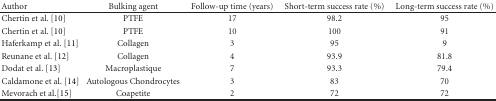
<table><thead><tr><td><b>Author</b></td><td><b>Bulking agent</b></td><td><b>Follow-up time (years)</b></td><td><b>Short-term success rate (%)</b></td><td><b>Long-term success rate (%)</b></td></tr></thead><tbody><tr><td>Chertin et al. [10]</td><td>PTFE</td><td>17</td><td>98.2</td><td>95</td></tr><tr><td>Chertin et al. [10]</td><td>PTFE</td><td>10</td><td>100</td><td>91</td></tr><tr><td>Haferkamp et al. [11]</td><td>Collagen</td><td>3</td><td>95</td><td>9</td></tr><tr><td>Reunane et al. [12]</td><td>Collagen</td><td>4</td><td>93.9</td><td>81.8</td></tr><tr><td>Dodat et al. [13]</td><td>Macroplastique</td><td>7</td><td>93.3</td><td>79.4</td></tr><tr><td>Caldamone et al. [14]</td><td>Autologous Chondrocytes</td><td>3</td><td>83</td><td>70</td></tr><tr><td>Mevorach et al.[15]</td><td>Coapetite</td><td>2</td><td>72</td><td>72</td></tr></tbody></table>